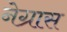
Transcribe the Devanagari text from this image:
नेग्रास